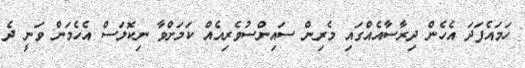
ހަމައެފަދަ އެހެން ދިރާސާއެއްގައި މެރިން ސައިންސުވެރިއެއް ކަމަށްވާ ނިކޮލަސް އެހެމަން ވަނީ ދެ